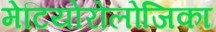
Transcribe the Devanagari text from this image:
मेटियोरोलोजिका